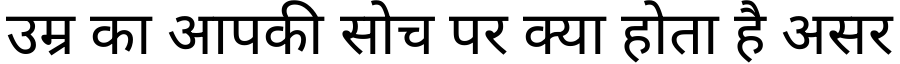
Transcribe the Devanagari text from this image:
उम्र का आपकी सोच पर क्या होता है असर